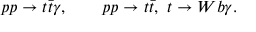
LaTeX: p p \to t \bar { t } \gamma , \qquad p p \to t \bar { t } , ~ t \to W b \gamma .